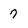
Character: 7